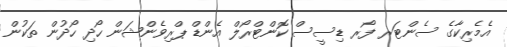
އެމެރިކާގެ ސެންޓަރ ފޯރ ޑިސީސް ކޮންޓްރޯލް އެންޑް ޕްރިވެންޝަން ހޯދި ހޯދުން ތަކުން